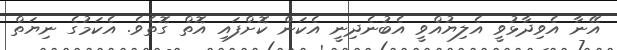
އޭނާ އެވިދާޅުވީ އެލިޔުއްވީ އެބުނެދިނީ އެކަން ކޮށްފައި އޮތް ގޮތެވެ. އެކަމުގެ ނިޔަތް